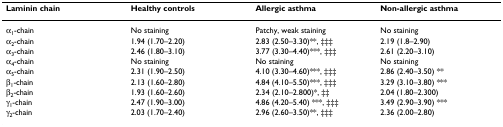
<table><thead><tr><td><b>Laminin chain</b></td><td><b>Healthy controls</b></td><td><b>Allergic asthma</b></td><td><b>Non-allergic asthma</b></td></tr></thead><tbody><tr><td>α<sub>1</sub>-chain</td><td>No staining</td><td>Patchy, weak staining</td><td>No staining</td></tr><tr><td>α<sub>2</sub>-chain</td><td>1.94 (1.70–2.20)</td><td>2.83 (2.50–3.30)**, ‡‡‡</td><td>2.19 (1.8–2.90)</td></tr><tr><td>α<sub>3</sub>-chain</td><td>2.46 (1.80–3.10)</td><td>3.77 (3.30–4.40)***, ‡‡‡</td><td>2.61 (2.20–3.10)</td></tr><tr><td>α<sub>4</sub>-chain</td><td>No staining</td><td>No staining</td><td>No staining</td></tr><tr><td>α<sub>5</sub>-chain</td><td>2.31 (1.90–2.50)</td><td>4.10 (3.30–4.60)***, ‡‡‡</td><td>2.86 (2.40–3.50) **</td></tr><tr><td>β<sub>1</sub>-chain</td><td>2.13 (1.60–2.80)</td><td>4.84 (4.10–5.50)***, ‡‡‡</td><td>3.29 (3.10–3.80) ***</td></tr><tr><td>β<sub>2</sub>-chain</td><td>1.93 (1.60–2.60)</td><td>2.34 (2.10–2.800)*, ‡‡</td><td>2.04 (1.80–2.300)</td></tr><tr><td>γ<sub>1</sub>-chain</td><td>2.47 (1.90–3.00)</td><td>4.86 (4.20–5.40) ***, ‡‡‡</td><td>3.49 (2.90–3.90) ***</td></tr><tr><td>γ<sub>2</sub>-chain</td><td>2.03 (1.70–2.40)</td><td>2.96 (2.60–3.50)**, ‡‡‡</td><td>2.36 (2.00–2.80)</td></tr></tbody></table>